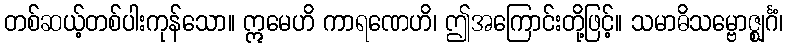
တစ်ဆယ့်တစ်ပါးကုန်သော။ ဣမေဟိ ကာရဏေဟိ၊ ဤအကြောင်းတို့ဖြင့်။ သမာဓိသမ္ဗောဇ္ဈင်္ဂံ၊